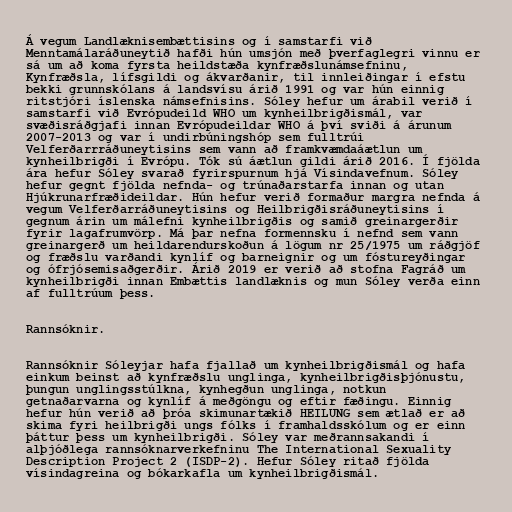
Á vegum Landlæknisembættisins og í samstarfi við
Menntamálaráðuneytið hafði hún umsjón með þverfaglegri vinnu er
sá um að koma fyrsta heildstæða kynfræðslunámsefninu,
Kynfræðsla, lífsgildi og ákvarðanir, til innleiðingar í efstu
bekki grunnskólans á landsvísu árið 1991 og var hún einnig
ritstjóri íslenska námsefnisins. Sóley hefur um árabil verið í
samstarfi við Evrópudeild WHO um kynheilbrigðismál, var
svæðisráðgjafi innan Evrópudeildar WHO á því sviði á árunum
2007-2013 og var í undirbúningshóp sem fulltrúi
Velferðarrráðuneytisins sem vann að framkvæmdaáætlun um
kynheilbrigði í Evrópu. Tók sú áætlun gildi árið 2016. Í fjölda
ára hefur Sóley svarað fyrirspurnum hjá Vísindavefnum. Sóley
hefur gegnt fjölda nefnda- og trúnaðarstarfa innan og utan
Hjúkrunarfræðideildar. Hún hefur verið formaður margra nefnda á
vegum Velferðarráðuneytisins og Heilbrigðisráðuneytisins í
gegnum árin um málefni kynheilbrigðis og samið greinargerðir
fyrir lagafrumvörp. Má þar nefna formennsku í nefnd sem vann
greinargerð um heildarendurskoðun á lögum nr 25/1975 um ráðgjöf
og fræðslu varðandi kynlíf og barneignir og um fóstureyðingar
og ófrjósemisaðgerðir. Árið 2019 er verið að stofna Fagráð um
kynheilbrigði innan Embættis landlæknis og mun Sóley verða einn
af fulltrúum þess.

Rannsóknir.

Rannsóknir Sóleyjar hafa fjallað um kynheilbrigðismál og hafa
einkum beinst að kynfræðslu unglinga, kynheilbrigðisþjónustu,
þungun unglingsstúlkna, kynhegðun unglinga, notkun
getnaðarvarna og kynlíf á meðgöngu og eftir fæðingu. Einnig
hefur hún verið að þróa skimunartækið HEILUNG sem ætlað er að
skima fyri heilbrigði ungs fólks í framhaldsskólum og er einn
þáttur þess um kynheilbrigði. Sóley var meðrannsakandi í
alþjóðlega rannsóknarverkefninu The International Sexuality
Description Project 2 (ISDP-2). Hefur Sóley ritað fjölda
vísindagreina og bókarkafla um kynheilbrigðismál.